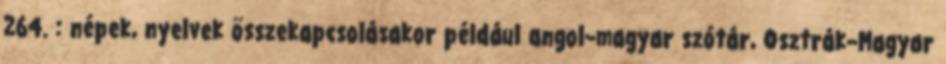
264. : népek, nyelvek összekapcsolásakor például angol–magyar szótár, Osztrák–Magyar